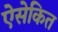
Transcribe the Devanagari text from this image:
ऐसेकित